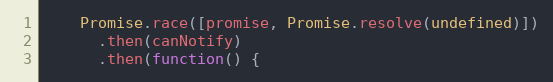
Language: JavaScript
    Promise.race([promise, Promise.resolve(undefined)])
      .then(canNotify)
      .then(function() {